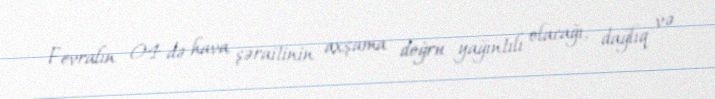
Fevralın 04-də hava şəraitinin axşama doğru yağıntılı olacağı, dağlıq və